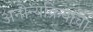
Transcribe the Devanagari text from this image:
अनोन्यक्रियांचा